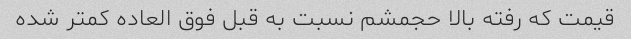
قیمت که رفته بالا حجمشم نسبت به قبل فوق العاده کمتر شده